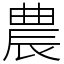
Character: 農